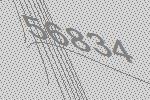
56834